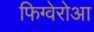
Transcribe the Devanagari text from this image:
फिग्वेरोआ